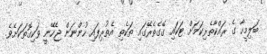
ބަލިމީހާ ގެ ރައްކާތެރިކަމަށް ޓަކައި ގޭގެތެރޭގައި ތަކެތި އެތުރިފައި ހުންނަން ޖެހޭނީ ވަކިގޮތަކަށެވެ.